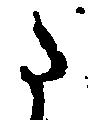
た